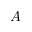
A